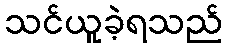
သင်ယူခဲ့ရသည်